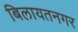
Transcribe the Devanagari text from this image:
बिलायतनगर